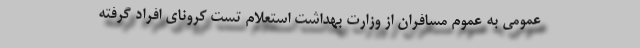
عمومی به عموم مسافران از وزارت بهداشت استعلام تست کرونای افراد گرفته